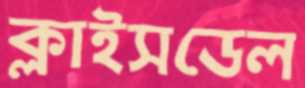
ক্লাইসডেল